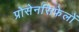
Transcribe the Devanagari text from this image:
प्रोसेनसिफेलों